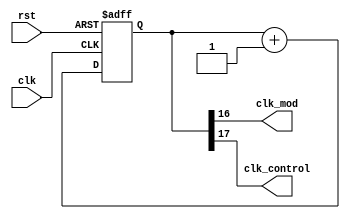
`timescale 1ns / 1ps
//////////////////////////////////////////////////////////////////////////////////
// Company: Instituto Tecnologico de Costa Rica
// 
// Design Name: 
// Module Name:    Clock_Contador 
// Project Name: 
// Target Devices: 
// Tool versions: 
// Description: 
//
// Dependencies: 
//
// Revision: 
// Revision 0.01 - File Created
// Additional Comments: 
//
//////////////////////////////////////////////////////////////////////////////////
module Clock_Contador(
    input wire clk,
	 input wire rst,
    output wire clk_mod,
	 output wire clk_control
    );
//body
reg [17:0] cont;   //inicializa una variable de 27 bits de registro


always @ (posedge clk, posedge rst)   // crea el contador con el clk interno de la fpga
begin
	if (rst) begin cont<=0; end
	else begin cont<=cont+1'b1; end
end

assign clk_mod=cont[16];          //toma las dos frecuencias seleccionadas para la operacion
assign clk_control = cont[17];    // del sistema

endmodule